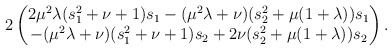
\begin{align*}2\begin{pmatrix}2\mu^2\lambda(s_1^2+\nu+1)s_1-(\mu^2\lambda+\nu)(s_2^2+\mu(1+\lambda))s_1 \\-(\mu^2\lambda+\nu)(s_1^2+\nu+1)s_2+ 2\nu(s_2^2+\mu(1+\lambda))s_2\end{pmatrix}.\end{align*}